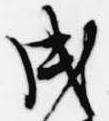
戌